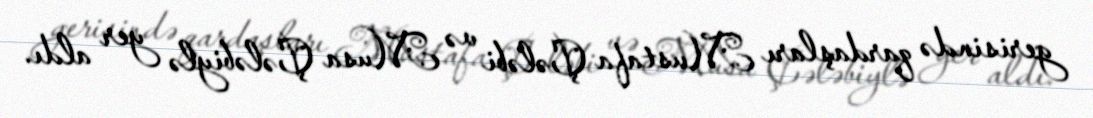
gerisində qardaşları Mustafa Çələbi və Musa Çələbiylə yer aldı.